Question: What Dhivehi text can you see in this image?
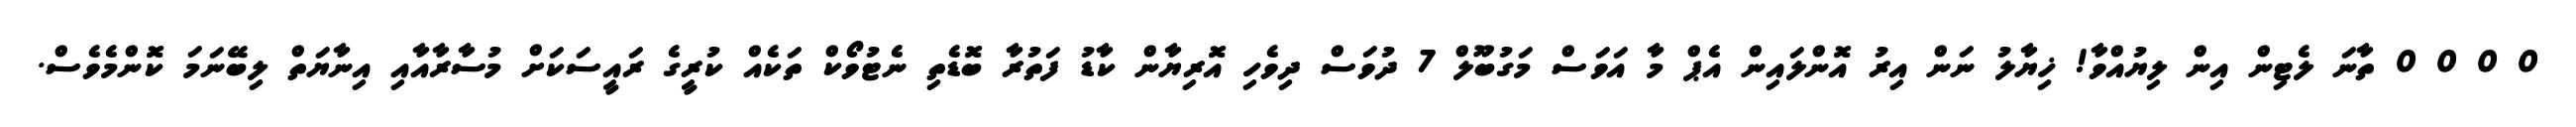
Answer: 0 0 0 0 ތާނަ ލެޓިން އިން ލިޔުއްވާ! ޚިޔާލު ނަން އިރު އޮންލައިން އެޕް މާ އަވަސް މަގުބޫލް 7 ދުވަސް ދިވެހި އޮރިޔާން ކާޑު ފަތުރާ ބޮޑެތި ނެޓުވޯކް ތަކެއް ކުރީގެ ރައީސަކަށް މުސާރާއާއި އިނާޔަތް ލިބޭނަމަ ކޮންމެވެސް.